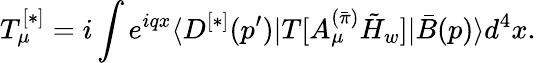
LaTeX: T_{\mu}^{[*]}=i\int e^{iqx}{\langle{D^{[*]}(p^{\prime})|T[A_{\mu}^{(\bar{\pi})}\tilde{H}_{w}]|\bar{B}(p)}\rangle}d^{4}x.